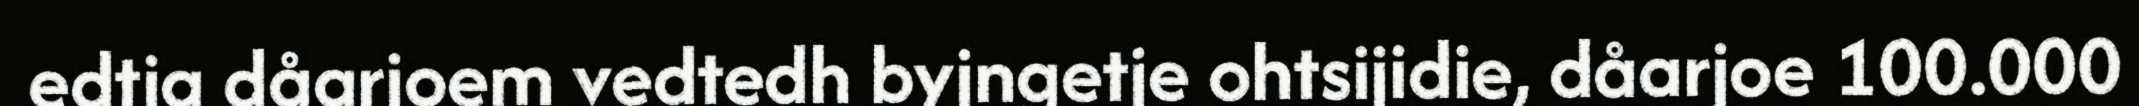
edtja dåarjoem vedtedh byjngetje ohtsijidie, dåarjoe 100.000